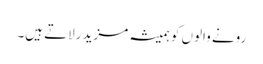
رونے والوں کو ہمیشہ مزید رلاتے ہیں۔